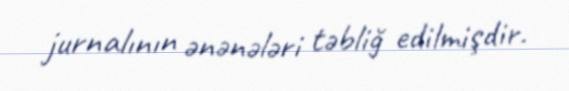
jurnalının ənənələri təbliğ edilmişdir.